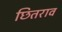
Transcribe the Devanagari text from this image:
छितराव